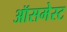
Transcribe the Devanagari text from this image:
ऑसमेस्ट